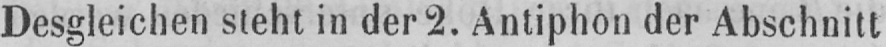
Desgleichen steht in der 2. Antiphon der Abschnitt